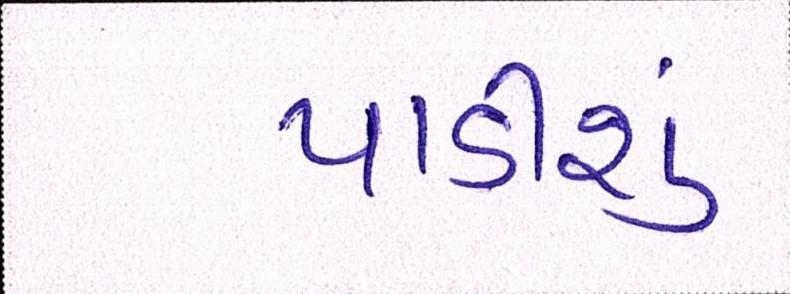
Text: પાડીશું